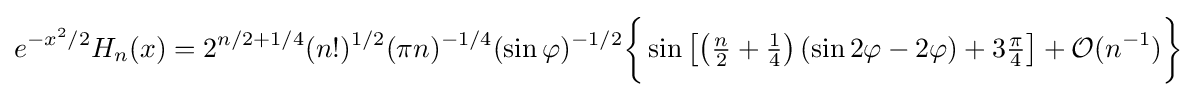
e^{-x^{2}/2}H_{n}(x)=2^{n/2+1/4}(n!)^{1/2}(\pi n)^{-1/4}(\sin \varphi )^{-1/2}{\bigg \{}\sin \left[\left({\tfrac {n}{2}}+{\tfrac {1}{4}}\right)(\sin 2\varphi -2\varphi )+3{\tfrac {\pi }{4}}\right]+{\mathcal {O}}(n^{-1}){\bigg \}}